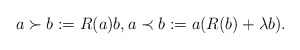
\begin{align*}a\succ b := R(a) b, a\prec b := a(R(b) +\lambda b).\end{align*}